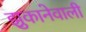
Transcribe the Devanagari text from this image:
झुकानेवाली